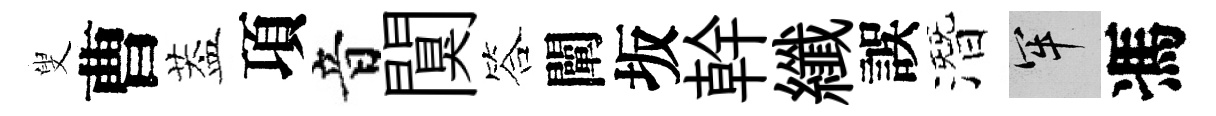
叟曹葢項音闃答闡坂幹纖誤潛牢馮